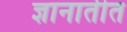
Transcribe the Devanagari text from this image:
ज्ञानातीत